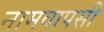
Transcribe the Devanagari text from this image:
नामवापसी